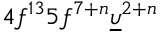
4 f ^ { 1 3 } 5 f ^ { 7 + n } \underline { { \upsilon } } ^ { 2 + n }